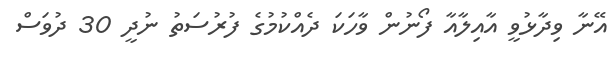
އޭނާ ވިދާޅުވީ އާއިލާއާ ފޯނުން ވާހަކަ ދެއްކުމުގެ ފުރުސަތު ނުދީ 30 ދުވަސް